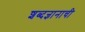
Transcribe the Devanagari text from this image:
शब्दज्ञानाची